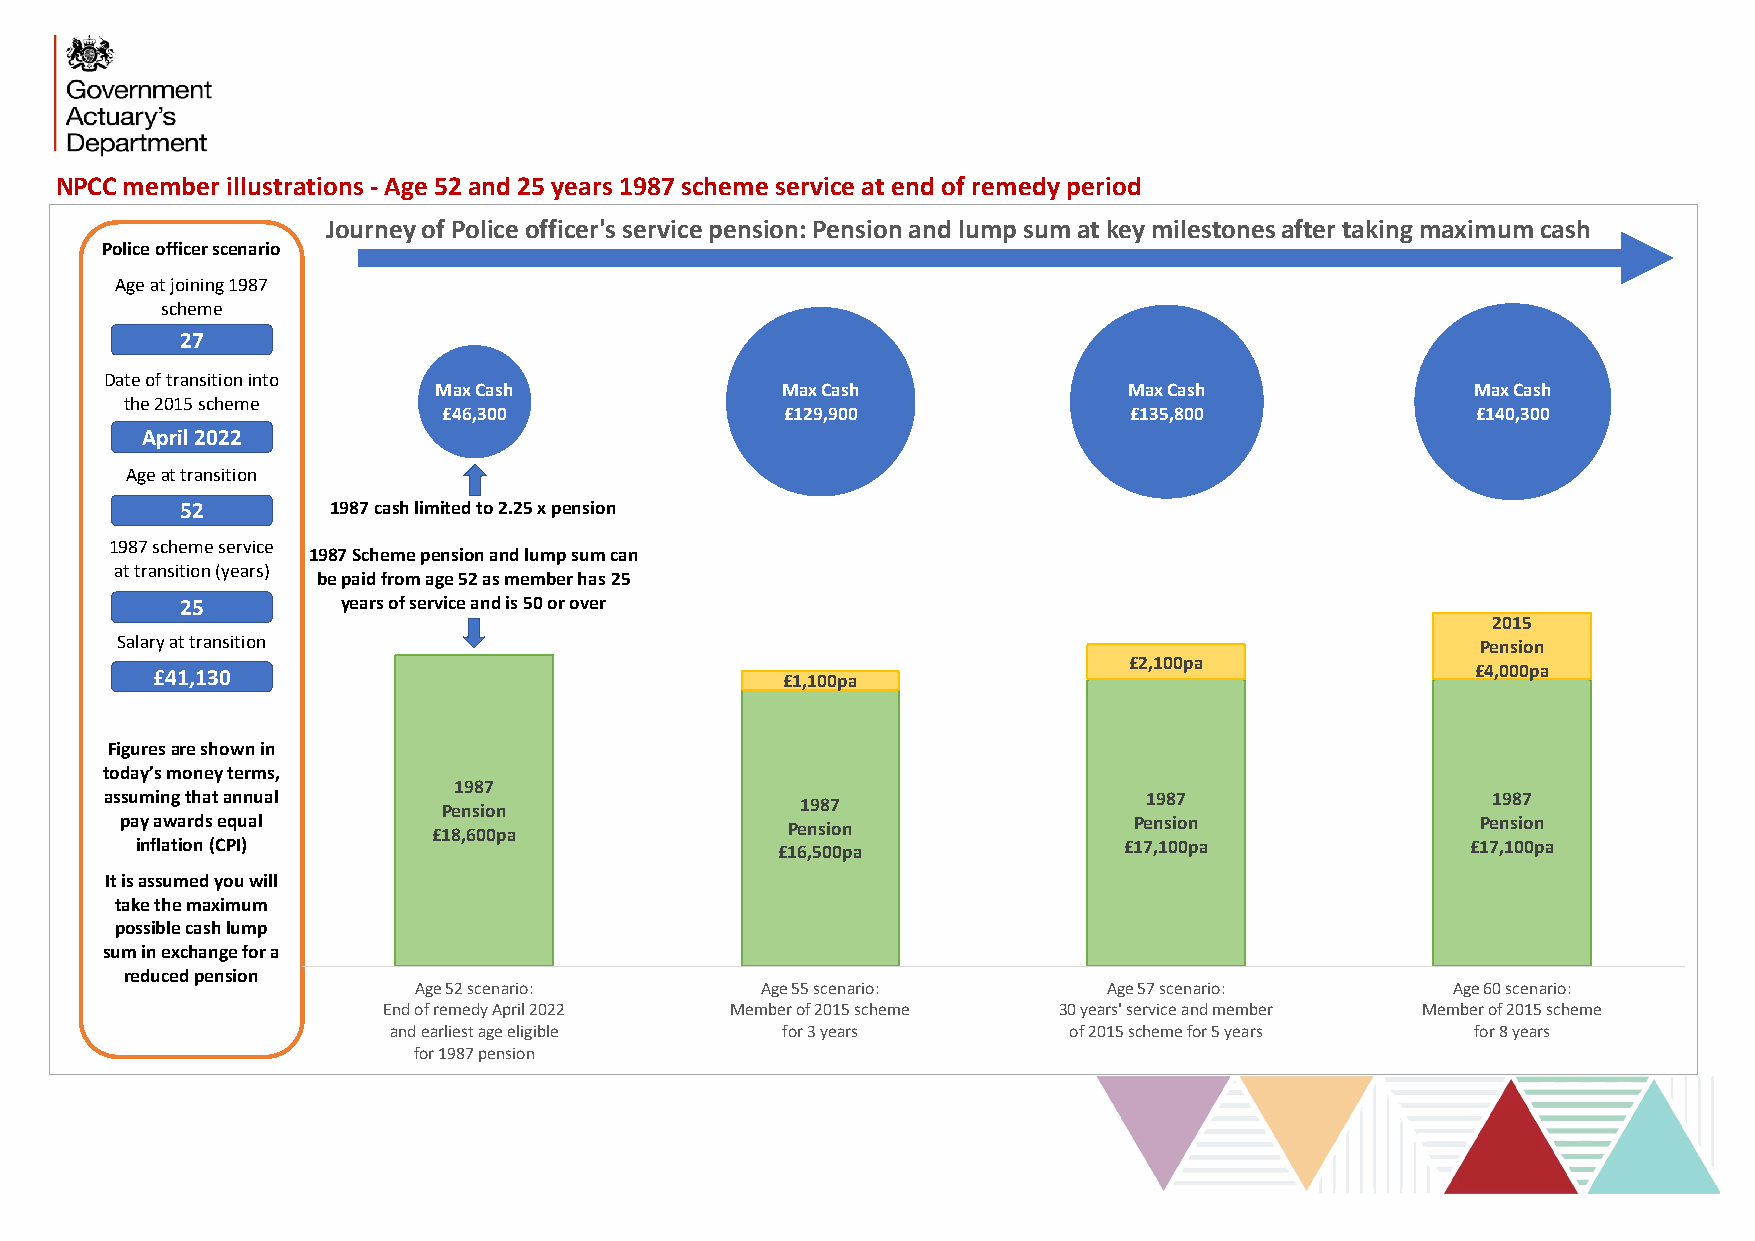
NPCC member illustrations - Age 52 and 25 years 1987 scheme service at end of remedy period
 Journey of Police officer's service pension: Pension and lump sum at key milestones after taking maximum cash
 Police officer scenario
 Age at joining 1987
 scheme
 27
 Date of transition into
 Max Cash               Max Cash               Max Cash               Max Cash
 the 2015 scheme
 £46,300                £129,900               £135,800               £140,300
 April 2022
 Age at transition
 52        1987 cash limited to 2.25 x pension
 1987 scheme service
 1987 Scheme pension and lump sum can
 at transition (years)
 be paid from age 52 as member has 25
 25         years of service and is 50 or over
 2015
 Salary at transition                                                                      Pension
 £2,100pa
 £41,130                                   £1,100pa                                      £4,000pa
 Figuresare shown in
 today’s money terms,
 1987
 assumingthat annual                           1987                   1987                   1987
 Pension
 pay awards equal                            Pension                Pension                Pension
 £18,600pa
 inflation (CPI)                           £16,500pa              £17,100pa              £17,100pa
 It isassumed you will
 take the maximum
 possible cash lump
 sum in exchange for a
 reduced pension
 Age 52 scenario:       Age 55 scenario:       Age 57 scenario:       Age 60 scenario:
 End of remedy April 2022 Member of 2015 scheme 30 years' service and member Member of 2015 scheme
 and earliest age eligible for 3 years        of 2015 scheme for 5 years for 8 years
 for 1987 pension